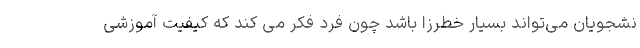
نشجویان می‌تواند بسیار خطرزا باشد چون فرد فکر می کند که کیفیت آموزشی